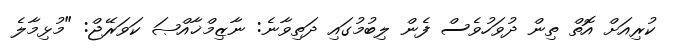
ކުރިއަށް އޮތް ތިން ދުވަހުވެސް ފެން ލިބުމުގައި ދަތިވާނެ: ނާޒިމްޚާއްޞަ ކަވަރޭޖް: "މުޅިމާލެ